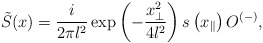
\begin{align*}\tilde{S}(x)=\frac{i}{2\pi l^2}\exp\left(-\frac{x_{\perp}^2}{4l^2}\right)s\left(x_{\parallel}\right)O^{(-)},\end{align*}